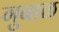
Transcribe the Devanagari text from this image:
गुबाळ